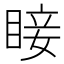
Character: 𥇒